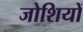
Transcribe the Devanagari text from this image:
जोशियों